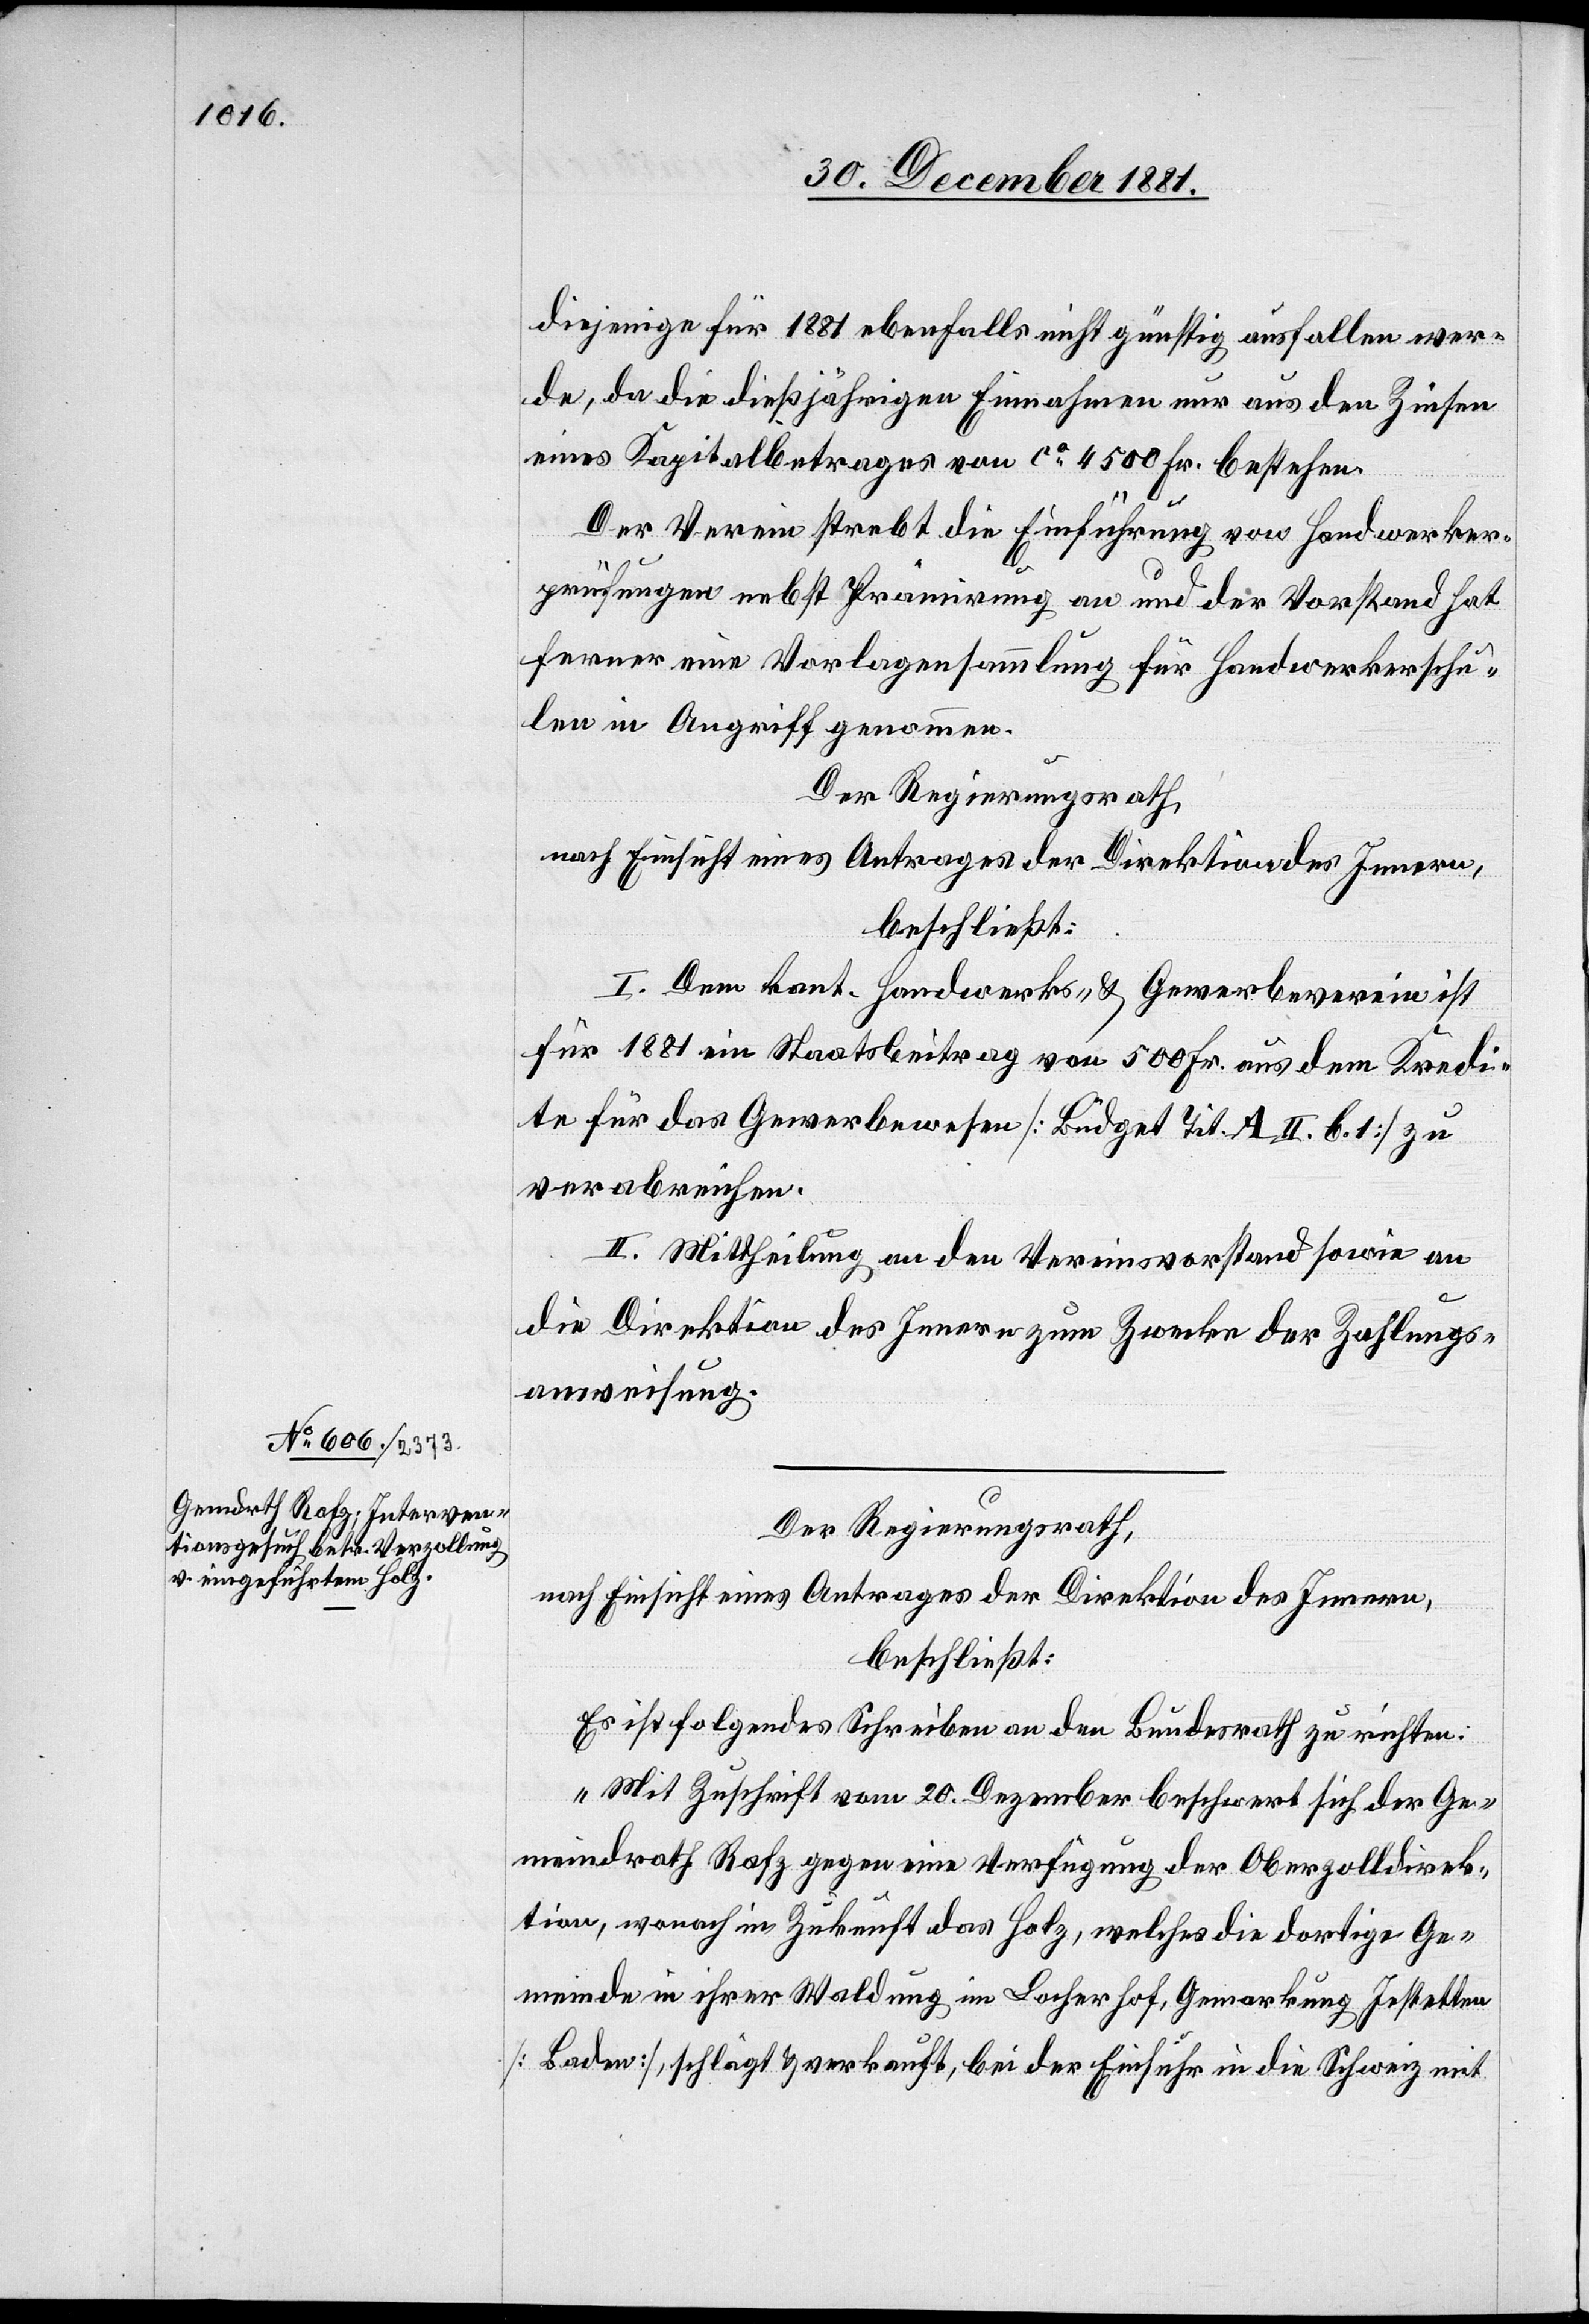
diejenige für 1881 ebenfalls nicht günstig ausfallen wer¬
de, da die dießjährigen Einnahmen nur aus den Zinsen
eines Kapitalbetrages von ca 4500 Fr. bestehen.
Der Verein strebt die Einführung von Handwerker¬
prüfungen nebst Prämirung an und der Vorstand hat
ferner eine Vorlagensammlung für Handwerkerschu¬
len in Angriff genommen.
Der Regierungsrath,
nach Einsicht eines Antrages der Direktion des Innern,
beschließt:
I. Dem kant. Handwerks- & Gewerbeverein ist
für 1881 ein Staatsbeitrag von 500 Fr. aus dem Kredi¬
te für das Gewerbewesen [Büdget Tit. A. II. b. 1] zu
verabreichen.
II. Mittheilung an den Vereinsvorstand sowie an
die Direktion des Innern zum Zwecke der Zahlungs¬
anweisung.
Der Regierungsrath,
nach Einsicht eines Antrages der Direktion des Innern,
beschließt:
Es ist folgendes Schreiben an den Bundesrath zu richten:
„Mit Zuschrift vom 20. Dezember beschwert sich der Ge¬
meindrath Rafz gegen eine Verfügung der Oberzolldirek¬
tion, wonach in Zukunft das Holz, welches die dortige Ge¬
meinde in ihrer Waldung im Locherhof, Gemarkung Jestetten
[Baden], schlägt & verkauft, bei der Einfuhr in die Schweiz mit